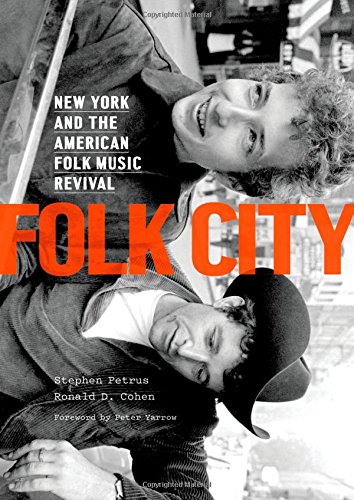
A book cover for Folk City: New York and the American Folk Music Revival; Stephen Petrus; Arts & Photography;